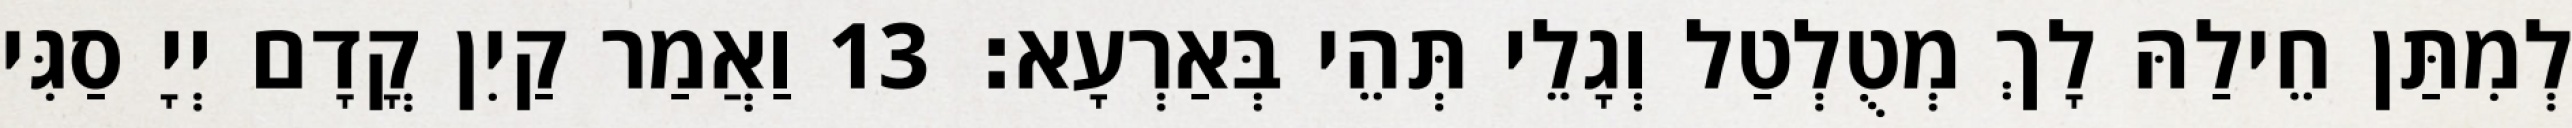
לְמִתַּן חֵילַהּ לָךְ מְטֻלְטַל וְגָלֵי תְּהֵי בְּאַרְעָא׃ 13 וַאֲמַר קַיִן קֳדָם יְיָ סַגִּי